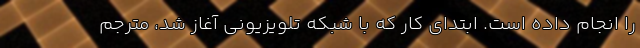
را انجام داده است. ابتدای کار که با شبکه تلویزیونی آغاز شد، مترجم